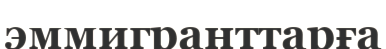
эммигранттарға